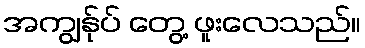
အကျွန်ုပ် တွေ့ ဖူးလေသည်။